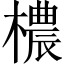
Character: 檂